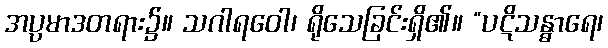
အပ္ပမာဒတရား၌။ သဂါရဝေါ၊ ရိုသေခြင်းရှိ၏။ “ပဋိသန္ဓာရေ၊